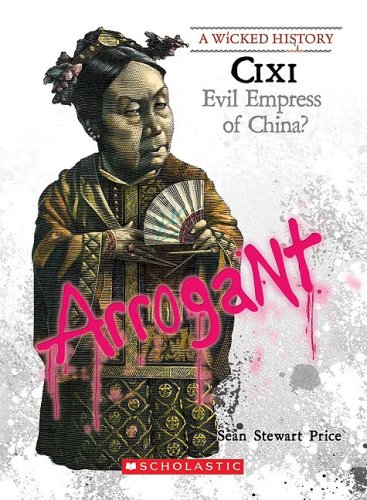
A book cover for CIXI: Evil Empress of China? (Wicked History); Sean Stewart Price; Teen & Young Adult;